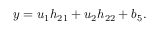
y = u _ { 1 } h _ { 2 1 } + u _ { 2 } h _ { 2 2 } + b _ { 5 } .